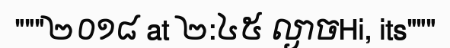
"""២០១៨ at ២:៤៥ ល្ងាចHi, its"""